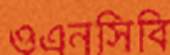
ওএনসিবি